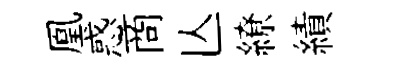
凰惑商亾繚績